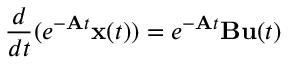
{ \frac { d } { d t } } ( e ^ { - \mathbf { A } t } \mathbf { x } ( t ) ) = e ^ { - \mathbf { A } t } \mathbf { B } \mathbf { u } ( t )